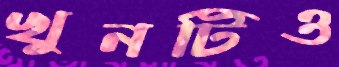
খুনটিও